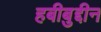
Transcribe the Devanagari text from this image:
हबीबुद्दीन